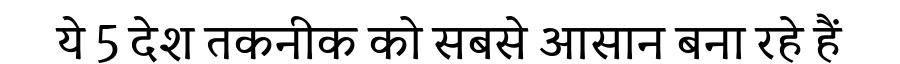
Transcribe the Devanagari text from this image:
ये 5 देश तकनीक को सबसे आसान बना रहे हैं